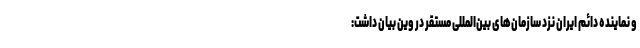
و نماینده دائم ایران نزد سازمان‌های بین‌المللی مستقر در وین بیان داشت: